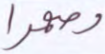
وصهرا